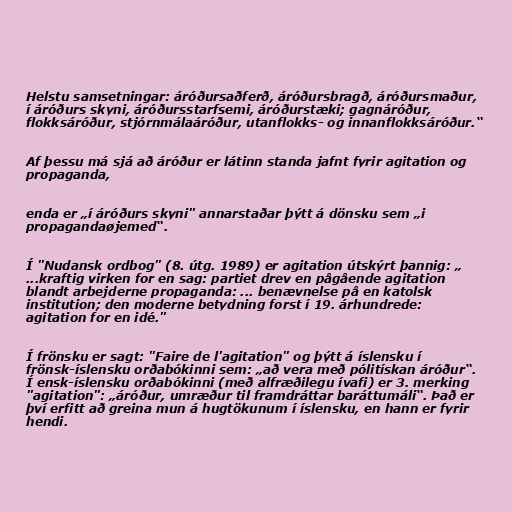
Helstu samsetningar: áróðursaðferð, áróðursbragð, áróðursmaður,
í áróðurs skyni, áróðursstarfsemi, áróðurstæki; gagnáróður,
flokksáróður, stjórnmálaáróður, utanflokks- og innanflokksáróður.“

Af þessu má sjá að áróður er látinn standa jafnt fyrir agitation og
propaganda,

enda er „í áróðurs skyni" annarstaðar þýtt á dönsku sem „i
propagandaøjemed“.

Í "Nudansk ordbog" (8. útg. 1989) er agitation útskýrt þannig: „
...kraftig virken for en sag: partiet drev en pågående agitation
blandt arbejderne propaganda: ... benævnelse på en katolsk
institution; den moderne betydning forst í 19. árhundrede:
agitation for en idé."

Í frönsku er sagt: "Faire de l'agitation" og þýtt á íslensku í
frönsk-íslensku orðabókinni sem: „að vera með pólitískan áróður“.
Í ensk-íslensku orðabókinni (með alfræðilegu ívafi) er 3. merking
"agitation": „áróður, umræður til framdráttar baráttumáli“. Það er
því erfitt að greina mun á hugtökunum í íslensku, en hann er fyrir
hendi.